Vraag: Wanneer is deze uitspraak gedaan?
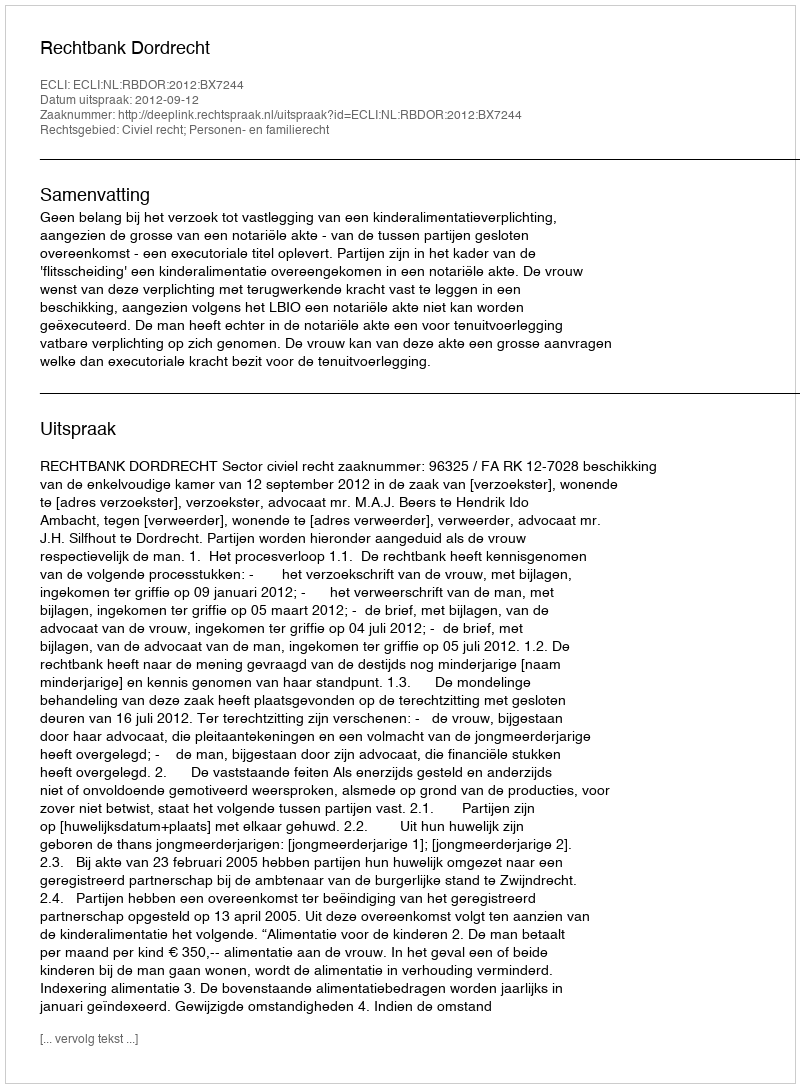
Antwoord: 2012-09-12